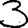
Digit: 3